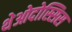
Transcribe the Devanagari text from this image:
थेओदोस्सिस